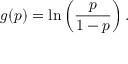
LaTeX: g ( p ) = \ln \left( { \frac { p } { 1 - p } } \right) .